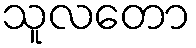
သူလတော